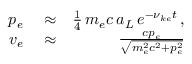
\begin{array} { r l r } { p _ { e } } & { { } \approx } & { \frac { 1 } { 4 } \, m _ { e } c \, a _ { L } \, e ^ { - \nu _ { k e } t } \, , } \\ { v _ { e } } & { { } \approx } & { \frac { c p _ { e } } { \sqrt { m _ { e } ^ { 2 } c ^ { 2 } + p _ { e } ^ { 2 } } } } \end{array}